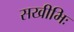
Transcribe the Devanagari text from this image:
सखीभिः